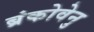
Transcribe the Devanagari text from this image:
ब्रंकोवेनु